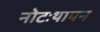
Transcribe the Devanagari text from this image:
नोटःथापन